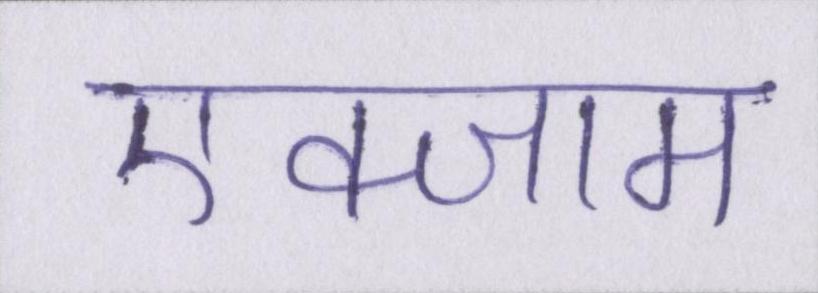
एक्जाम